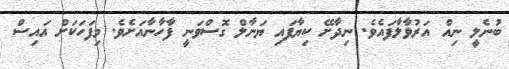
ބުނެލީ ނިއް އަރުވާލާފައެވެ. ނިދާށޭ ކިޔާފައި ޔަނާލް ގޮސްވަނީ ފާހާނާއަށެވެ. މިފަހަކަށް އައިސް